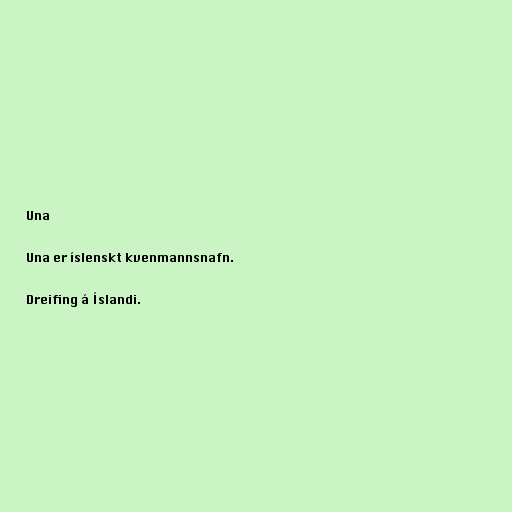
Una

Una er íslenskt kvenmannsnafn.

Dreifing á Íslandi.